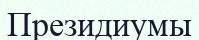
Президиумы